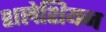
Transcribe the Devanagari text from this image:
शलेशियन